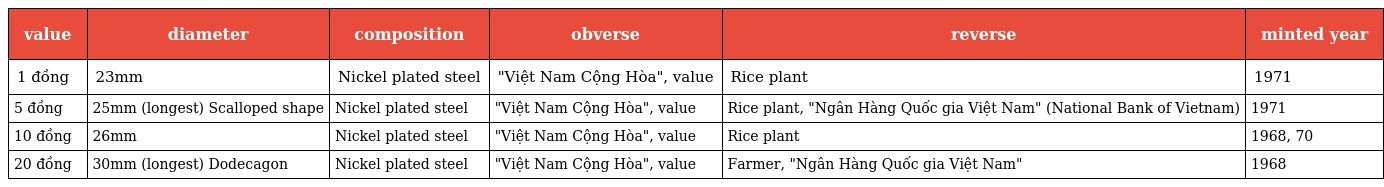
| value | diameter | composition | obverse | reverse | minted year |
 | --- | --- | --- | --- | --- | --- |
 | 1 đồng | 23mm | Nickel plated steel | "Việt Nam Cộng Hòa", value | Rice plant | 1971 |
 | 5 đồng | 25mm (longest) Scalloped shape | Nickel plated steel | "Việt Nam Cộng Hòa", value | Rice plant, "Ngân Hàng Quốc gia Việt Nam" (National Bank of Vietnam) | 1971 |
 | 10 đồng | 26mm | Nickel plated steel | "Việt Nam Cộng Hòa", value | Rice plant | 1968, 70 |
 | 20 đồng | 30mm (longest) Dodecagon | Nickel plated steel | "Việt Nam Cộng Hòa", value | Farmer, "Ngân Hàng Quốc gia Việt Nam" | 1968 |